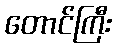
တောင်ကြီး